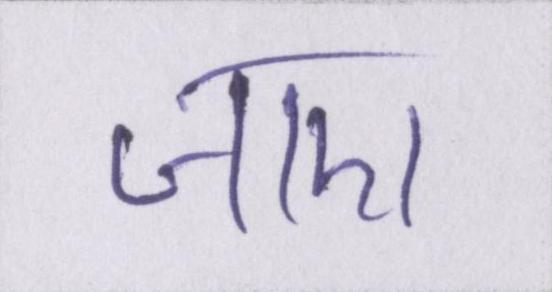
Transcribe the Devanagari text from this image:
जाए